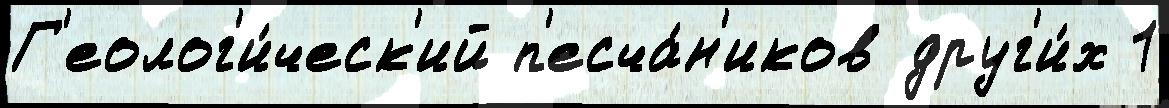
Г'еолог'и́ческ'ий п'есча́н'иков друг'и́х 1